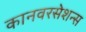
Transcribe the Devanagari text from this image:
कानवरसेशन्स